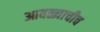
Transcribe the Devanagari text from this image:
आवळ्याचीच